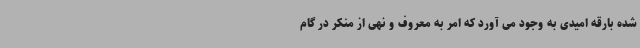
شده بارقه امیدی به وجود می آورد که امر به معروف و نهی از منکر در گام